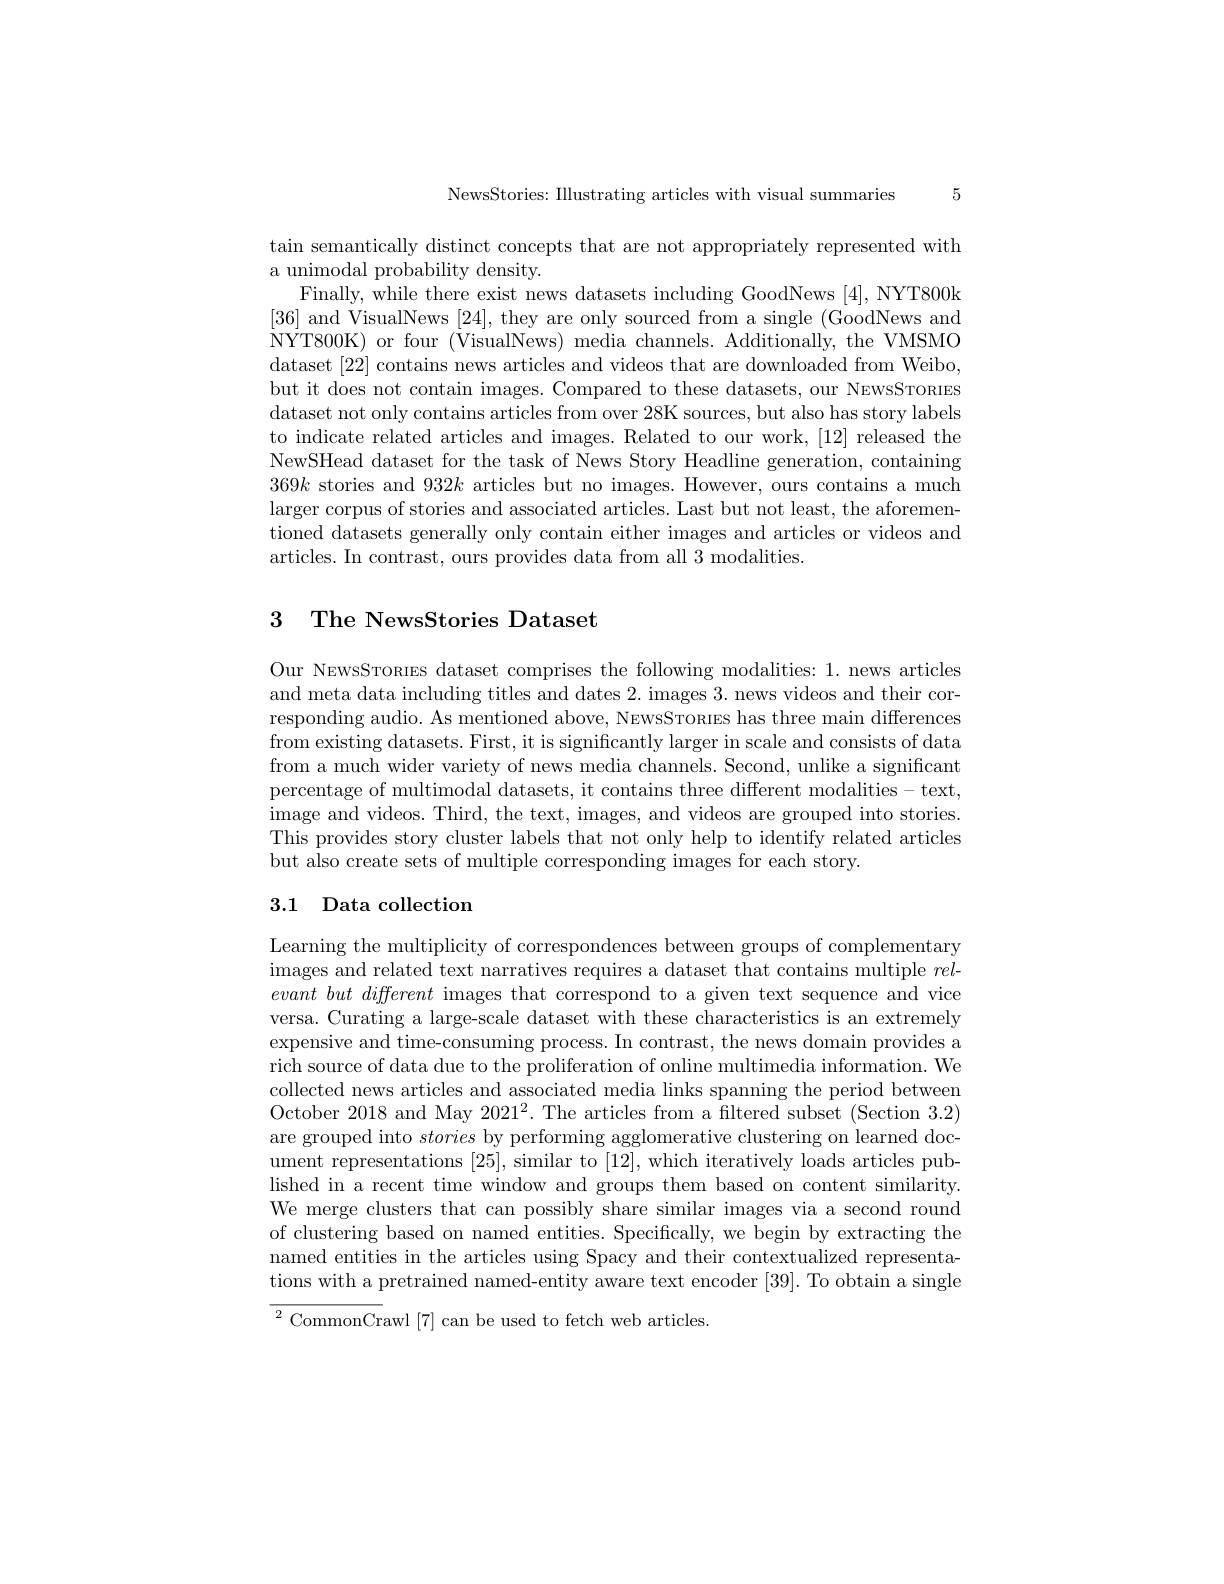
5

NewsStories: Illustrating articles with visual summaries

tain semantically distinct concepts that are not appropriately represented with
a unimodal probability density.
Finally, while there exist news datasets including GoodNews [4], NYT800k [36] and VisualNews [24], they are only sourced from a single (GoodNews and NYT800K) or four (VisualNews) media channels. Additionally, the VMSMO dataset [22] contains news articles and videos that are downloaded from Weibo, but it does not contain images. Compared to these datasets, our NewsSTones dataset not only contains articles from over 28K sources, but also has story labels to indicate related articles and images. Related to our work, [12] released the NewSHead dataset for the task of News Story Headline generation, containing $369k$ stories and $932k$ articles but no images. However, ours contains a much larger corpus of stories and associated articles. Last but not least, the aforementioned datasets generally only contain either images and articles or videos and articles. In contrast, ours provides data from all 3 modalities.

## 3 The NewsStories Dataset

Our NewsSronies dataset comprises the following modalities: 1. news articles and meta data including titles and dates 2. images 3. news videos and their corresponding audio. As mentioned above, NEwsSTonıes has three main differences from existing datasets. First, it is significantly larger in scale and consists of data from a much wider variety of news media channels. Second, unlike a significant percentage of multimodal datasets, it contains three different modalities- text, image and videos. Third, the text, images, and videos are grouped into stories. This provides story cluster labels that not only help to identify related articles but also create sets of multiple corresponding images for each story.

# 3.1 Data collection

Learning the multiplicity of correspondences between groups of complementary images and related text narratives requires a dataset that contains multiple $rel-$ $evant\textit{ but different images that correspond to a given text sequence and vice}$ versa. Curating a large-scale dataset with these characteristics is an extremely expensive and time-consuming process. In contrast, the news domain provides a rich source of data due to the proliferation of online multimedia information. We collected news articles and associated media links spanning the period between October 2018 and May 2021$^2.$ The articles from a filtered subset (Section 3.2) are grouped into stories by performing agglomerative clustering on learned document representations [25], similar to [12], which iteratively loads articles published in a recent time window and groups them based on content similarity. We merge clusters that can possibly share similar images via a second round of clustering based on named entities. Specifically, we begin by extracting the named entities in the articles using Spacy and their contextualized representations with a pretrained named-entity aware text encoder [39]. To obtain a single ${\overline{{^2}\text{CommonCrawl}}[7]\text{can be used to fetch web articles}.}$